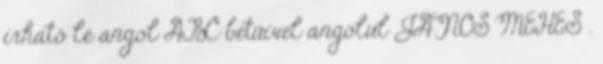
írható le angol ABC betűivel angolul JANOS MEHES .